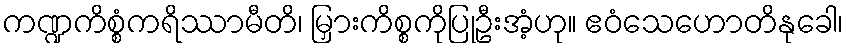
ကဏ္ဍကိစ္စံကရိဿာမီတိ၊ မြှားကိစ္စကိုပြုဦးအံ့ဟု။ ဧဝံသေဟောတိနုခေါ၊